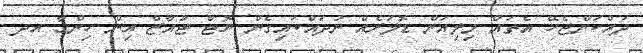
ދައްކަންޖެހޭ އެތައް މިލިއަން ޑޮލަރެއް ނުދައްކައިގެން ޔޮޓް ޓުއާޒް އިން ހިންގާ އދ.